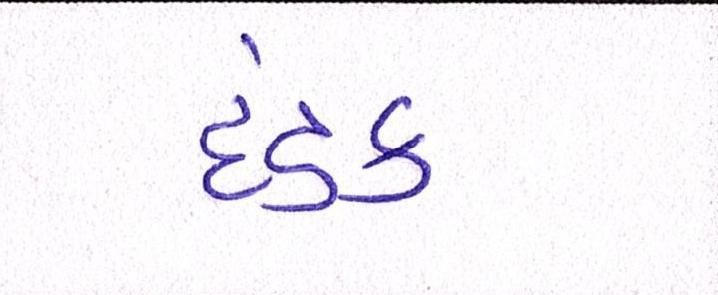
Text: દંડક